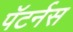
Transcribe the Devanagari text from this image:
पॅटर्नस